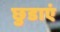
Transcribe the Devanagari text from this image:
छुडाएं